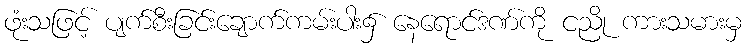
ဖုံးသဖြင့် ပျက်စီးခြင်းချောက်ကမ်းပါး၌ နေရောင်ဒဏ်ကို ငညို ကားသမားမှ